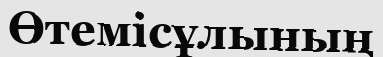
Өтемісұлының